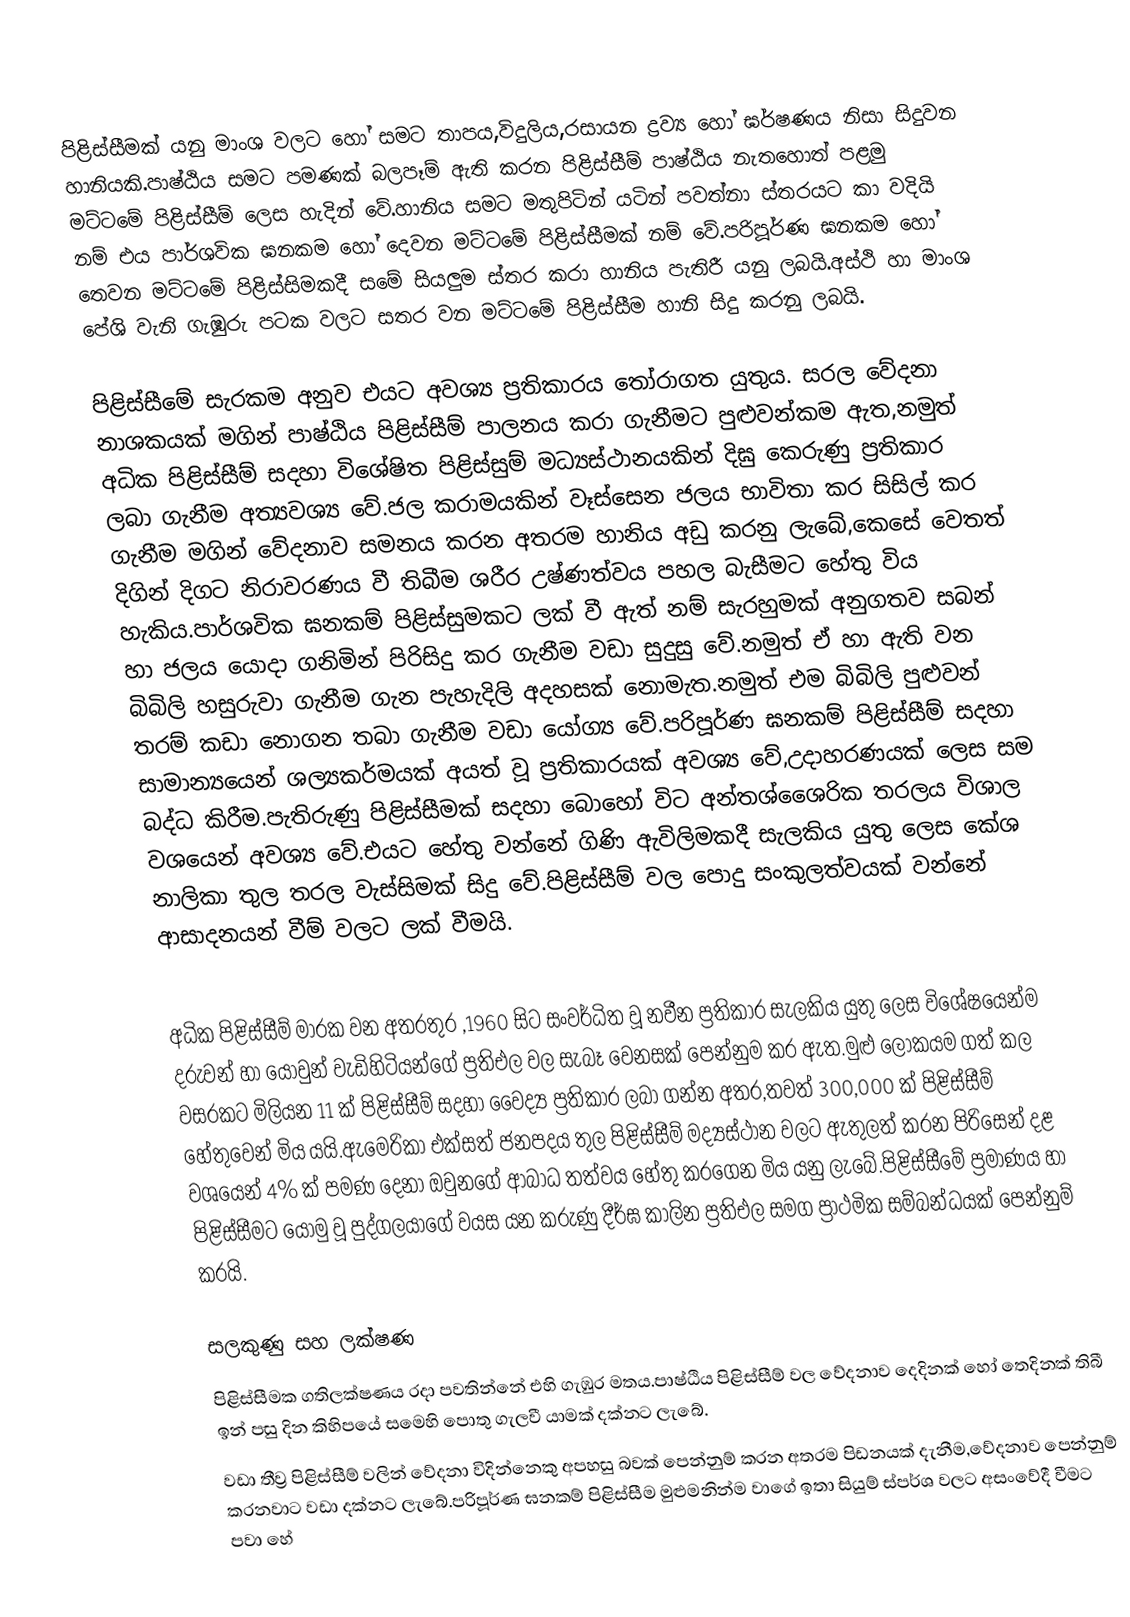
පිළිස්සීමක් යනු මාංශ වලට හෝ සමට තාපය,විදුලිය,රසායන ද්‍රව්‍ය හෝ ඝර්ෂණය නිසා සිදුවන හානියකි.පාෂ්ඨිය සමට පමණක් බලපෑම් ඇති කරන පිළිස්සීම් පාෂ්ඨිය නැතහොත් පළමු මට්ටමේ පිළිස්සීම් ලෙස හැදින් වේ.හානිය සමට මතුපිටින් යටින් පවත්නා ස්තරයට කා වදියි නම් එය පාර්ශවික ඝනකම හෝ දෙවන මට්ටමේ පිළිස්සීමක් නම් වේ.පරිපූර්ණ ඝනකම හෝ තෙවන මට්ටමේ පිළිස්සිමකදී සමේ සියලුම ස්තර කරා හානිය පැතිරී යනු ලබයි.අස්ථි හා මාංශ පේශි වැනි ගැඹුරු පටක වලට සතර වන මට්ටමේ පිළිස්සීම හානි සිදු කරනු ලබයි.

පිළිස්සීමේ සැරකම අනුව එයට අවශ්‍ය ප්‍රතිකාරය තෝරාගත යුතුය. සරල වේදනා නාශකයක් මගින් පාෂ්ඨිය පිළිස්සීම් පාලනය කරා ගැනීමට පුළුවන්කම ඇත,නමුත් අධික පිළිස්සීම් සදහා විශේෂිත පිළිස්සුම් මධ්‍යස්ථානයකින් දිඝු කෙරුණු ප්‍රතිකාර ලබා ගැනීම අත්‍යවශ්‍ය වේ.ජල කරාමයකින් වෑස්සෙන ජලය භාවිතා කර සිසිල් කර ගැනීම මගින් වේදනාව සමනය කරන අතරම හානිය අඩු කරනු ලැබේ,කෙසේ වෙතත් දිගින් දිගට නිරාවරණය වී තිබීම ශරීර උෂ්ණත්වය පහල බැසීමට හේතු විය හැකිය.පාර්ශවික ඝනකම් පිළිස්සුමකට ලක් වී ඇත් නම් සැරහුමක් අනුගතව සබන් හා ජලය යොදා ගනිමින් පිරිසිදු කර ගැනීම වඩා සුදුසු වේ.නමුත් ඒ හා ඇති වන බිබිලි හසුරුවා ගැනීම ගැන පැහැදිලි අදහසක් නොමැත.නමුත් එම බිබිලි පුළුවන් තරම් කඩා නොගන තබා ගැනීම වඩා යෝග්‍ය වේ.පරිපූර්ණ ඝනකම් පිළිස්සීම් සදහා සාමාන්‍යයෙන් ශල්‍යකර්මයක් අයත් වූ ප්‍රතිකාරයක් අවශ්‍ය වේ,උදාහරණයක් ලෙස සම බද්ධ කිරීම.පැතිරුණු පිළිස්සීමක් සදහා බොහෝ විට අන්තශ්ශෛරික තරලය විශාල වශයෙන් අවශ්‍ය වේ.එයට හේතු වන්නේ ගිණි ඇවිලිමකදී සැලකිය යුතු ලෙස කේශ නාලිකා තුල තරල වැස්සිමක් සිදු වේ.පිළිස්සීම් වල පොදු සංකුලත්වයක් වන්නේ ආසාදනයන් වීම් වලට ලක් වීමයි.

අධික පිළිස්සීම් මාරක වන අතරතුර ,1960 සිට සංවර්ධිත වූ නවීන ප්‍රතිකාර සැලකිය යුතු ලෙස විශේෂයෙන්ම දරුවන් හා යොවුන් වැඩිහිටියන්ගේ ප්‍රතිඑල වල සැබෑ වෙනසක් පෙන්නුම කර ඇත.මුළු ලෝකයම ගත් කල වසරකට මිලියන 11 ක් පිළිස්සීම් සදහා වෛද්‍ය ප්‍රතිකාර ලබා ගන්න අතර,තවත් 300,000 ක් පිළිස්සීම් හේතුවෙන් මිය යයි.ඇමෙරිකා එක්සත් ජනපදය තුල පිළිස්සීම් මද්‍යස්ථාන වලට ඇතුලත් කරන පිරිසෙන් දළ වශයෙන් 4% ක් පමණ දෙනා ඔවුනගේ ආබාධ තත්වය හේතු කරගෙන මිය යනු ලැබේ.පිළිස්සීමේ ප්‍රමාණය හා පිළිස්සීමට යොමු වූ පුද්ගලයාගේ වයස යන කරුණු දීර්ඝ කාලින ප්‍රතිඑල සමග ප්‍රාථමික සම්බන්ධයක් පෙන්නුම් කරයි.

සලකුණු සහ ලක්ෂණ
පිළිස්සීමක ගතිලක්ෂණය රදා පවතින්නේ එහි ගැඹුර මතය.පාෂ්ඨිය පිළිස්සීම් වල වේදනාව දෙදිනක් හෝ තෙදිනක් තිබී ඉන් පසු දින කිහිපයේ සමෙහි පොතු ගැලවී යාමක් දක්නට ලැබේ.
වඩා තීව්‍ර පිළිස්සීම් වලින් වේදනා විදින්නෙකු අපහසු බවක් පෙන්නුම් කරන අතරම පිඩනයක් දැනීම,වේදනාව පෙන්නුම් කරනවාට වඩා දක්නට ලැබේ.පරිපූර්ණ ඝනකම් පිළිස්සීම මුළුමනින්ම වාගේ ඉතා සියුම් ස්පර්ශ වලට අසංවේදී වීමට පවා හේ